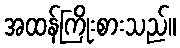
အထန်ကြိုးစားသည်။